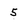
Character: 5